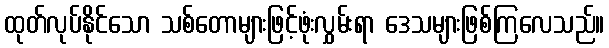
ထုတ်လုပ်နိုင်သော သစ်တောများဖြင့်ဖုံးလွှမ်းရာ ဒေသများဖြစ်ကြလေသည်။